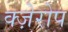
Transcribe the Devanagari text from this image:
क्ज़ेरोप